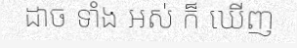
ដាច ទាំង ឣស់ ក៏ ឃើញ